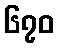
၆၇၀